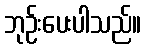
ဘုဉ်းပေးပါသည်။